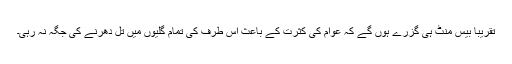
تقریباً بیس منٹ ہی گزرے ہوں گے کہ عوام کی کثرت کے باعث اس طرف کی تمام گلیوں میں تل دھرنے کی جگہ نہ رہی۔